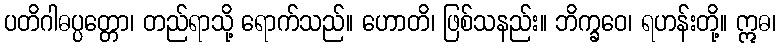
ပတိဂါဓပ္ပတ္တော၊ တည်ရာသို့ ရောက်သည်။ ဟောတိ၊ ဖြစ်သနည်း။ ဘိက္ခဝေ၊ ရဟန်းတို့။ ဣဓ၊